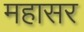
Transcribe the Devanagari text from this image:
महासर